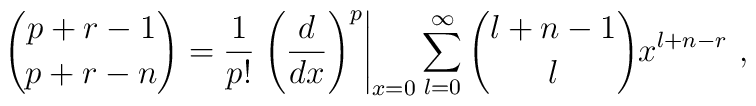
{p+r-1\choose p+r-n}={1\over p!}\left.{\left({d\over dx}\right)^{p}}\right\vert_{x=0}\sum_{l=0}^{\infty}{l+n-1\choose l}x^{l+n-r}\ ,